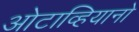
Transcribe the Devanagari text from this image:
ओटाव्हियानो